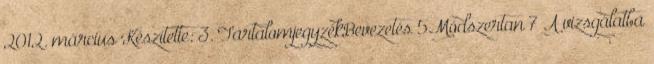
2012. március Készítette: 3. TartalomjegyzékBevezetés 5Módszertan 7 A vizsgálatba